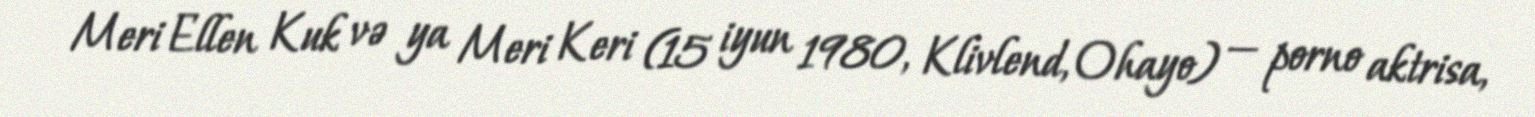
Meri Ellen Kuk və ya Meri Keri (15 iyun 1980, Klivlend, Ohayo) — porno aktrisa,